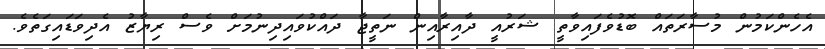
އެހެންކަމުން މުސާރަތައް ބޮޑުވެފައިވާތީ ޝަރުއީ ދާއިރާއިން ނަތީޖާ ދައްކުވައިދިނުމަށް ވެސް ރިޔާޒު އެދިވަޑައިގަތެވެ.